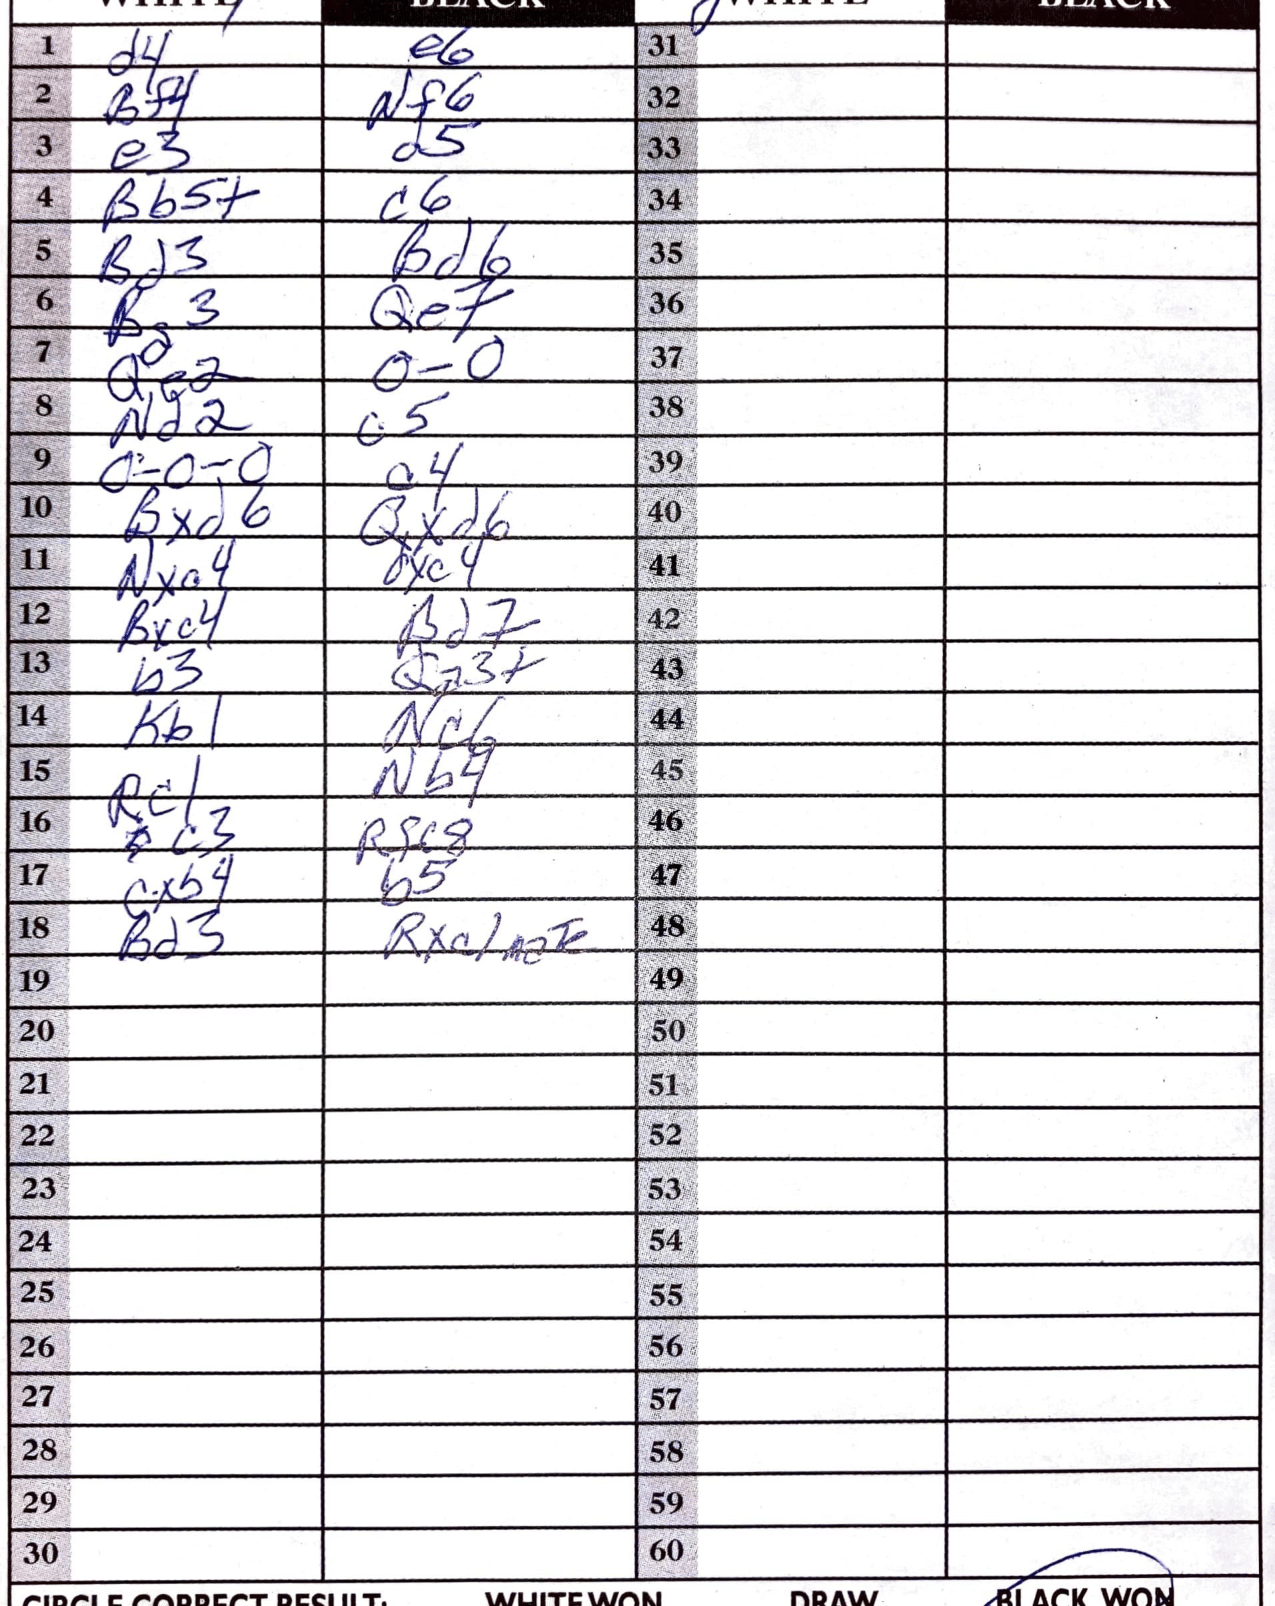
Moves: d4 e6 Bf4 Nf6 e3 d5 Bb5+ c6 Bd3 Bd6 Bg3 Qe7 Qe2 O-O Nd2 c5 O-O-O a4 Bxd6 Qxd6 Nxa4 dxc4 Bxc4 Bd7 b3 Qa3+ Kb1 Nc6 Rc1 Nb4 c3 Rfc8 cxb4 b5 Bd3 Rxc1